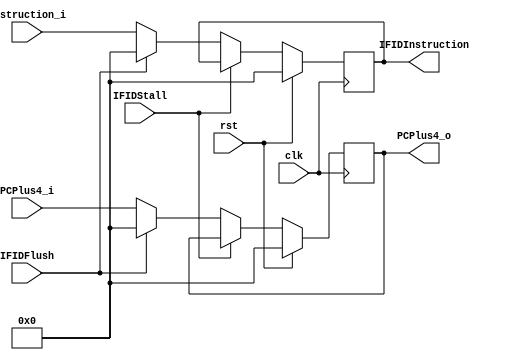
module IFIDReg(clk,rst,IFIDStall,IFIDFlush,PCPlus4_i,PCPlus4_o,Instruction_i,IFIDInstruction);
    input clk;
    input rst;
    input IFIDStall;
    input IFIDFlush;
    input [31:0] PCPlus4_i;
    input [31:0] Instruction_i;
    output reg [31:0] PCPlus4_o;
    output reg [31:0] IFIDInstruction;
    
    initial
    begin
        PCPlus4_o <= 32'b0;
        IFIDInstruction <= 32'b0;
    end

    always @(posedge clk)//
    begin
        if(rst)
        begin
            PCPlus4_o <= 32'b0;
            IFIDInstruction <= 32'b0;
        end
        else if(!IFIDStall)
        begin
            if(IFIDFlush)
                begin
                    PCPlus4_o <= 32'b0;
                    IFIDInstruction <= 32'b0;
                end
            else
                begin
                    PCPlus4_o <= PCPlus4_i;
                    IFIDInstruction <= Instruction_i;
                end
        end
    end
endmodule